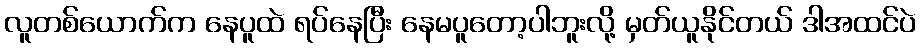
လူတစ်ယောက်က နေပူထဲ ရပ်နေပြီး နေမပူတော့ပါဘူးလို့ မှတ်ယူနိုင်တယ် ဒါအထင်ပဲ